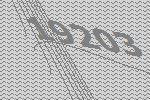
19203